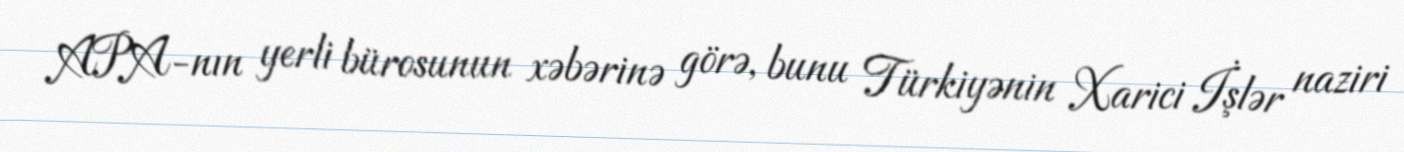
APA-nın yerli bürosunun xəbərinə görə, bunu Türkiyənin Xarici İşlər naziri